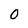
Character: O